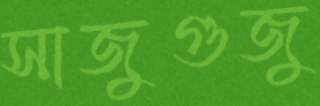
সাজুগুজু